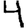
Digit: 4